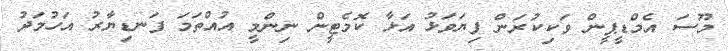
މޫސަ އެމްޑީޕީން ވަކިކުރަން ފިޔަވަޅު އަޅާ ކޮމެޓީން ނިންމީ އުއްތަމަ ފަނޑިޔާރު އަހުމަދު